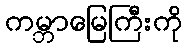
ကမ္ဘာမြေကြီးကို